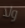
ولا